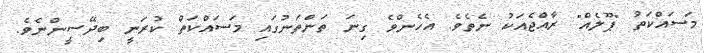
މަސައްކަތު "ޕޫލެއް" ރާއްޖެއަކު ނެތެވެ. އެހެންވެ ގިނަ ތަންތަނުގައި މަސައްކަތް ކުރަނީ ބިދޭސީންނެވެ.